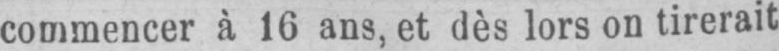
commencer à 16 ans, et dès lors on tirerait